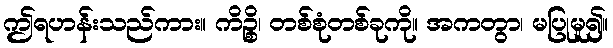
ဤရဟန်းသည်ကား။ ကိဉ္စိ၊ တစ်စုံတစ်ခုကို။ အကတွာ၊ မပြုမူ၍။